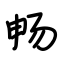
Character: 畅